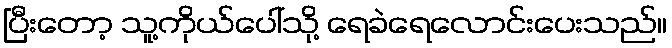
ပြီးတော့ သူ့ကိုယ်ပေါ်သို့ ရေခဲရေလောင်းပေးသည်။